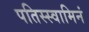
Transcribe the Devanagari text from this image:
पतिस्स्वामिनं